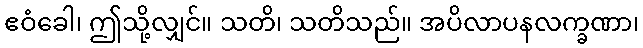
ဧဝံခေါ၊ ဤသို့လျှင်။ သတိ၊ သတိသည်။ အပိလာပနလက္ခဏာ၊